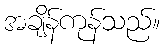
အချိန်ကုန်သည်။